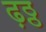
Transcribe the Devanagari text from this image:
ढ़ठ्ठ